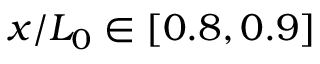
x / L _ { 0 } \in [ 0 . 8 , 0 . 9 ]